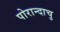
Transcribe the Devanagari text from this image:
पोरान्दाचु